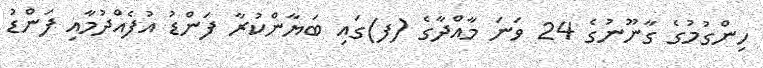
ހިންގުމުގެ ގާނޫނުގެ 24 ވަނަ މާއްދާގެ (ފ)ގައި ބަޔާންކުރާ ފަންޑު އުފެއްދުމާއި ފަންޑު